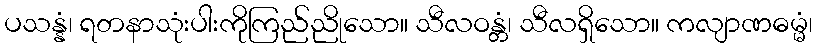
ပသန္နံ၊ ရတနာသုံးပါးကိုကြည်ညိုသော။ သီလဝန္တံ၊ သီလရှိသော။ ကလျာဏဓမ္မံ၊